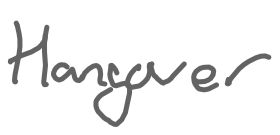
Text: Hangover
Cross-out: clean
Writing tool: digital_gray